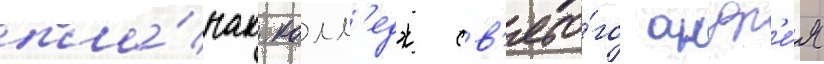
пла́нах. колл'едж св'ято́го андр'е́я